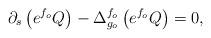
LaTeX: \begin{align*}\partial_s \left(e^{f_o}Q\right)-\Delta^{f_o}_{g_o}\left(e^{f_o}Q\right)= 0,\end{align*}